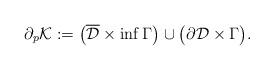
LaTeX: \begin{align*}\partial_p\mathcal K:=\big(\overline{\mathcal D}\times\inf \Gamma\big)\cup\big(\partial \mathcal D\times \Gamma\big).\end{align*}